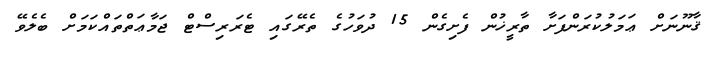
ޤާނޫނަށް ޢަމަލުކުރަންފަށާ ތާރީޚުން ފެށިގެން 15 ދުވަހުގެ ތެރޭގައި ޓެރަރިސްޓް ޖަމާޢަތްތައްކަމަށް ބެލެވޭ